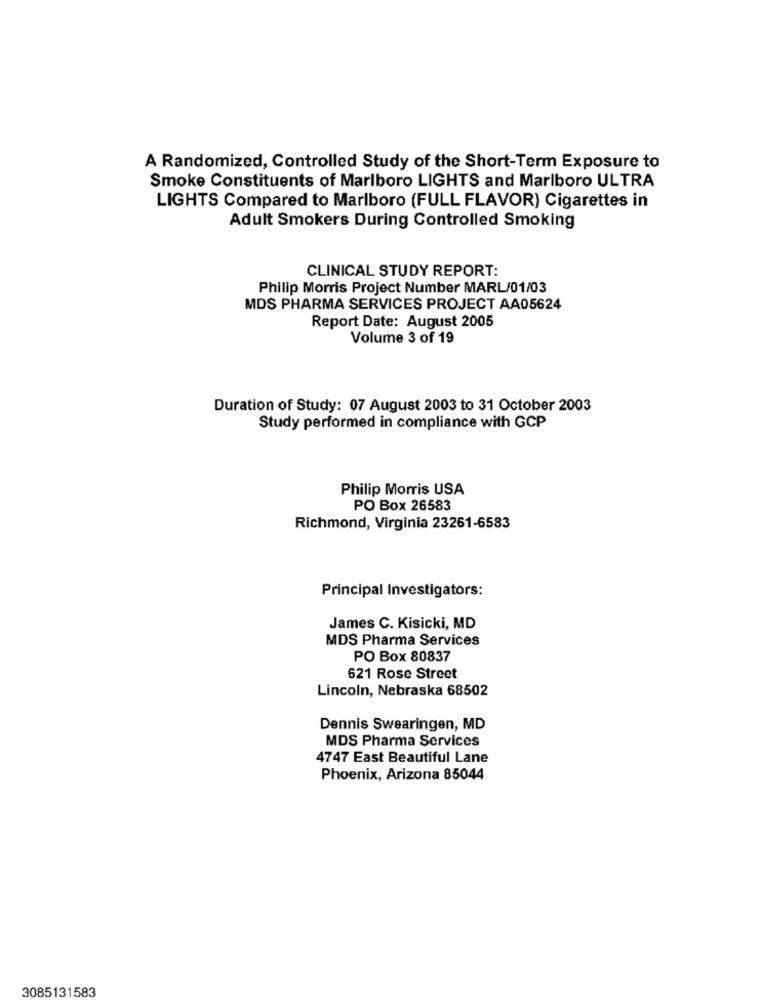
A Randomized, Controlled Study of the Short-Term Exposure to
Smoke Constituents of Marlboro LIGHTS and Marlboro ULTRA
LIGHTS Compared to Marlboro (FULL FLAVOR) Cigarettes in
Adult Smokers During Controlled Smoking
CLINICAL STUDY REPORT:
Philip Morris Project Number MARL/01/03
MDS PHARMA SERVICES PROJECT AA05624
Report Date: August 2005
Volume 3 of 19
Duration of Study: 07 August 2003 to 31 October 2003
Study performed in compliance with GCP
Philip Morris USA
PO Box 26583
Richmond, Virginia 23261-6583
Principal Investigators:
James C. Kisicki, MD
MDS Pharma Services
PO Box 80837
621 Rose Street
Lincoln, Nebraska 68502
Dennis Swearingen, MD
MDS Pharma Services
4747 East Beautiful Lane
Phoenix, Arizona 85044
3085131583